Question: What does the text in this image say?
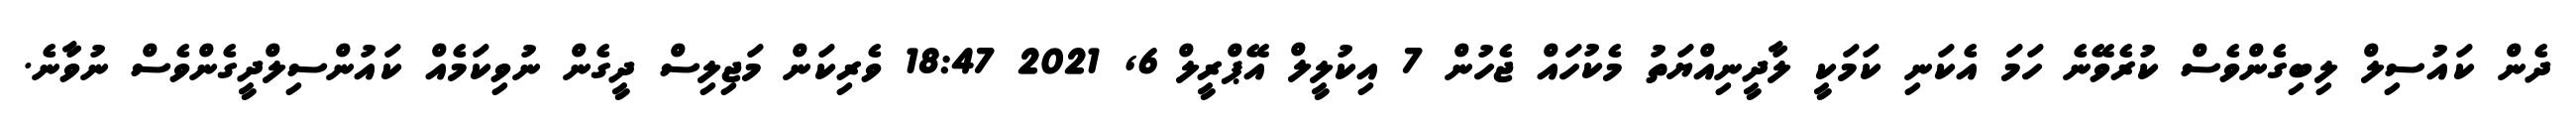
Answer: ދެން ކައުސިލް ލިބިގެންވެސް ކުރެވޭނެ ހަމަ އެކަނި ކަމަކީ ލާދީނިއްޔަތު މެކުހައް ޖެހުން 7 އިކުލީލް އޭޕްރީލް 6, 2021 18:47 ވެރިކަން މަޖިލިސް ދީގެން ނުވިކަމެއް ކައުންސިލްދީގެންވެސް ނުވާނެ.